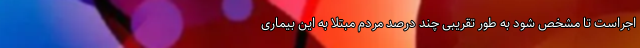
اجراست تا مشخص شود به طور تقریبی چند درصد مردم مبتلا به این بیماری